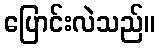
ပြောင်းလဲသည်။